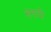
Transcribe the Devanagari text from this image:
सनादी